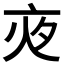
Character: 𡖍